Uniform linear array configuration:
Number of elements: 32
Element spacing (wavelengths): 0.75
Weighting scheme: hann
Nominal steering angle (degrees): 30
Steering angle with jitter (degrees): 31.135
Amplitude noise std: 0.05
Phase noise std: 0.05

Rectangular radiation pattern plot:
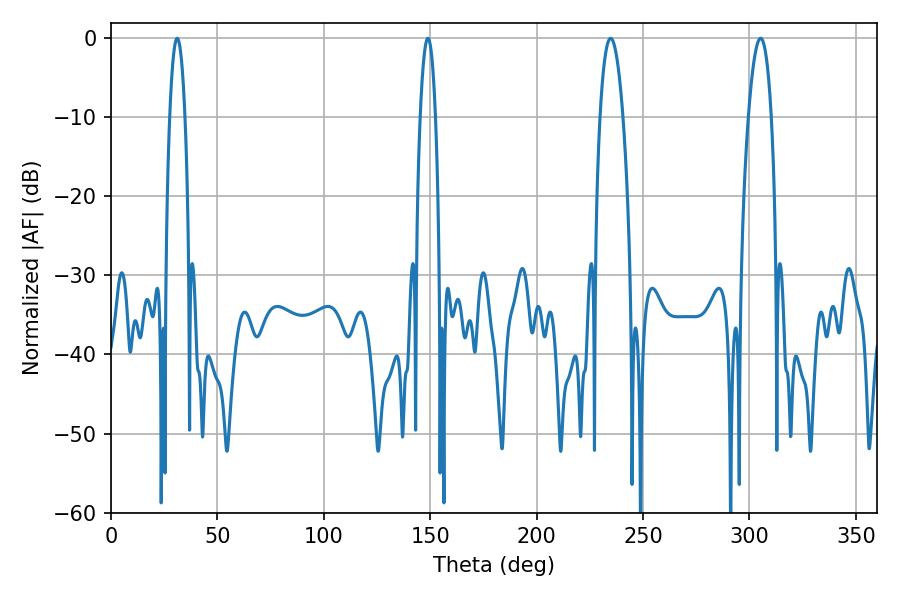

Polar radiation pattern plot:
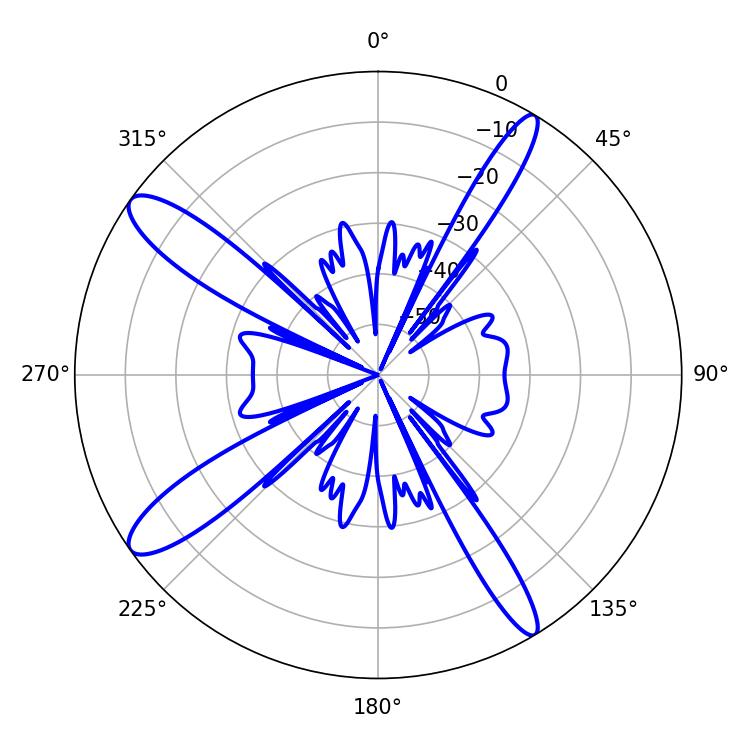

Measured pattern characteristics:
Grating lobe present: TRUE
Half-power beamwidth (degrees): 6.12
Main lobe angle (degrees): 234.72